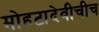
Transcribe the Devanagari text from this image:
मोहटादेवीचीच